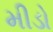
મીડો